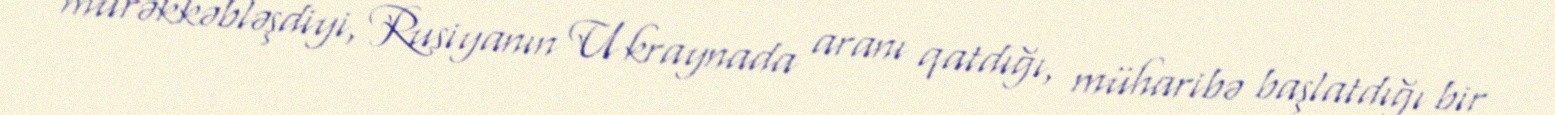
mürəkkəbləşdiyi, Rusiyanın Ukraynada aranı qatdığı, müharibə başlatdığı bir